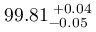
9 9 . 8 1 _ { - 0 . 0 5 } ^ { ~ \! + 0 . 0 4 }